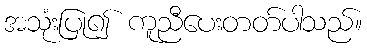
အသုံးပြု၍ ကူညီပေးတတ်ပါသည်။